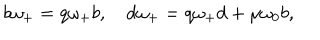
b \omega _ { + } = q \omega _ { + } b , ~ d \omega _ { + } = q \omega _ { + } d + \mu \omega _ { 0 } b ,